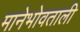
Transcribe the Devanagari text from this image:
मानेभोवताली